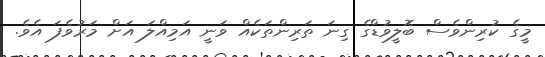
މީގެ ކުރިންވެސް ބޮލީވުޑްގެ ގިނަ ތަރިންތަކެއް ވަނީ އަމިއްލަ އަށް މަރުވެފަ އެވެ.